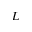
L